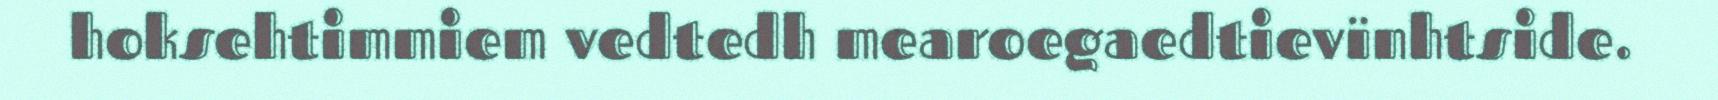
hoksehtimmiem vedtedh mearoegaedtievïnhtside.